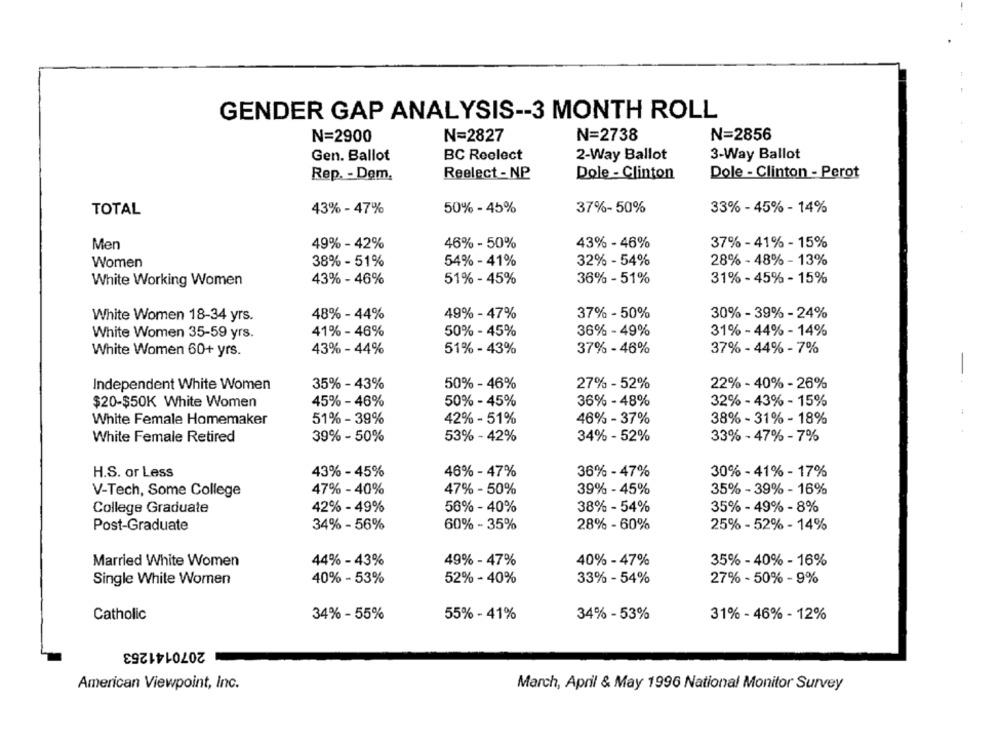
GENDER GAP ANALYSIS -- 3 MONTH ROLL
N=2900
N=2827
N=2738
N=2856
Gen. Ballot
BC Reelect
2-Way Ballot
3-Way Ballot
Rep. - Dem.
Reelect - NP
Dole - Clinton
Dole - Clinton - Perot
TOTAL
43% - 47%
50% - 45%
37%- 50%
33% - 45% - 14%
Men
49% - 42%
46% - 50%
43% - 46%
37% - 41% - 15%
Women
38% - 51%
54% - 41%
32% - 54%
28% - 48% - 13%
White Working Women
43% - 46%
51% - 45%
36% - 51%
31% - 45% - 15%
White Women 18-34 yrs.
48% - 44%
49% - 47%
37% - 50%
30% - 39% - 24%
41% - 46%
50% - 45%
36% - 49%
31% - 44% - 14%
White Women 35-59 yrs.
51% - 43%
37% - 46%
37% - 44% - 7%
White Women 60+ yrs.
43% - 44%
Independent White Women
35% - 43%
50% - 46%
27% - 52%
22% - 40% - 26%
--
$20-$50K White Women
45% - 46%
50% - 45%
36% - 48%
32% - 43% - 15%
White Female Homemaker
51% - 39%
42% - 51%
46% - 37%
38% - 31% - 18%
39% - 50%
53% - 42%
34% - 52%
33% - 47% - 7%
White Female Retired
H.S. or Less
43% - 45%
46% - 47%
36% - 47%
30% - 41% - 17%
47% - 40%
47% - 50%
39% - 45%
35% - 39% - 16%
V-Tech, Some College
College Graduate
42% - 49%
56% - 40%
38% - 54%
35% - 49% - 8%
Post-Graduate
34% - 56%
60% - 35%
28% - 60%
25% - 52% - 14%
Married White Women
44% - 43%
49% - 47%
40% - 47%
35% - 40% - 16%
40% - 53%
27% - 50% - 9%
Single White Women
52% - 40%
33% - 54%
Catholic
34% - 55%
55% - 41%
34% - 53%
31% - 46% - 12%
2070141253
American Viewpoint, Inc.
March, April & May 1996 National Monitor Survey